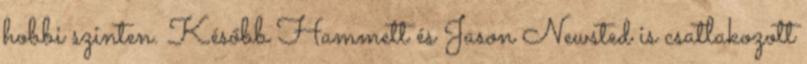
hobbi szinten. Később Hammett és Jason Newsted is csatlakozott